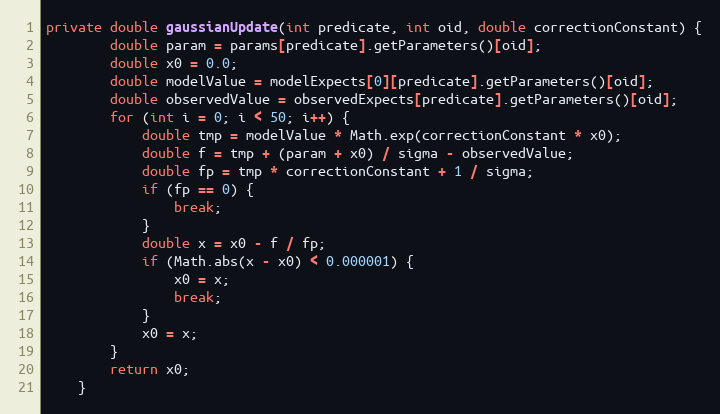
Language: Java
private double gaussianUpdate(int predicate, int oid, double correctionConstant) {
        double param = params[predicate].getParameters()[oid];
        double x0 = 0.0;
        double modelValue = modelExpects[0][predicate].getParameters()[oid];
        double observedValue = observedExpects[predicate].getParameters()[oid];
        for (int i = 0; i < 50; i++) {
            double tmp = modelValue * Math.exp(correctionConstant * x0);
            double f = tmp + (param + x0) / sigma - observedValue;
            double fp = tmp * correctionConstant + 1 / sigma;
            if (fp == 0) {
                break;
            }
            double x = x0 - f / fp;
            if (Math.abs(x - x0) < 0.000001) {
                x0 = x;
                break;
            }
            x0 = x;
        }
        return x0;
    }